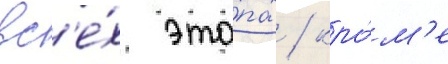
вс'е́х эта́пах / кро́м'е